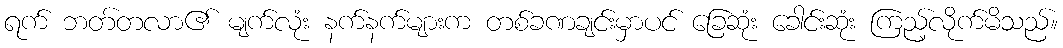
ရက် ဘတ်တလာ၏ မျက်လုံး နက်နက်များက တစ်ခဏချင်းမှာပင် ခြေဆုံး ခေါင်းဆုံး ကြည့်လိုက်မိသည်။